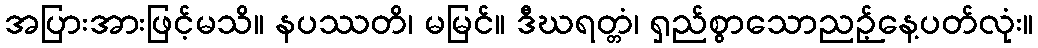
အပြားအားဖြင့်မသိ။ နပဿတိ၊ မမြင်။ ဒီဃရတ္တံ၊ ရှည်စွာသောညဉ့်နေ့ပတ်လုံး။